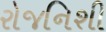
રોજનિશી